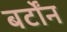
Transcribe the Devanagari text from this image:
बर्टोंन